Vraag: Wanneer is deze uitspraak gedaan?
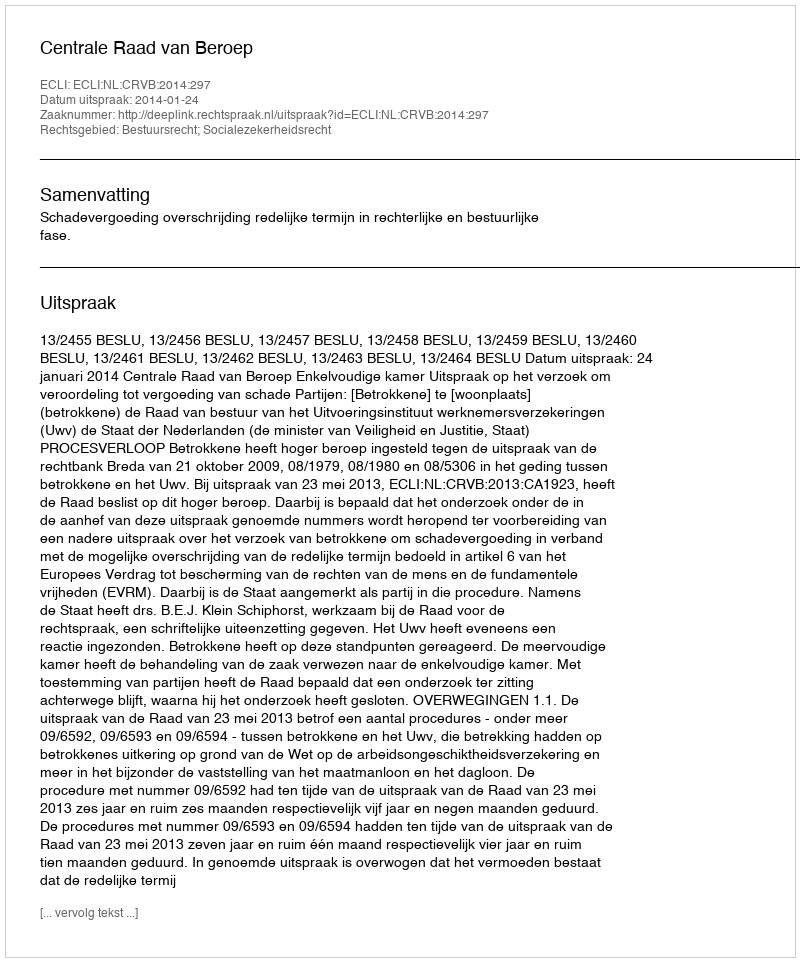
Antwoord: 2014-01-24